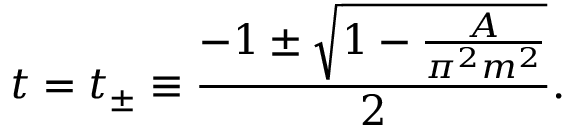
t = t _ { \pm } \equiv \frac { - 1 \pm \sqrt { 1 - \frac { A } { \pi ^ { 2 } m ^ { 2 } } } } { 2 } .